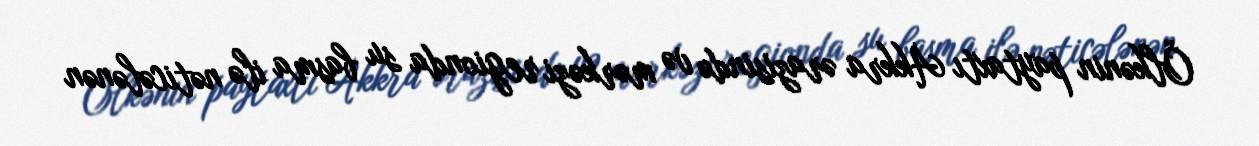
Ölkənin paytaxtı Akkra ərazisində və mərkəzi regionda su basma ilə nəticələnən